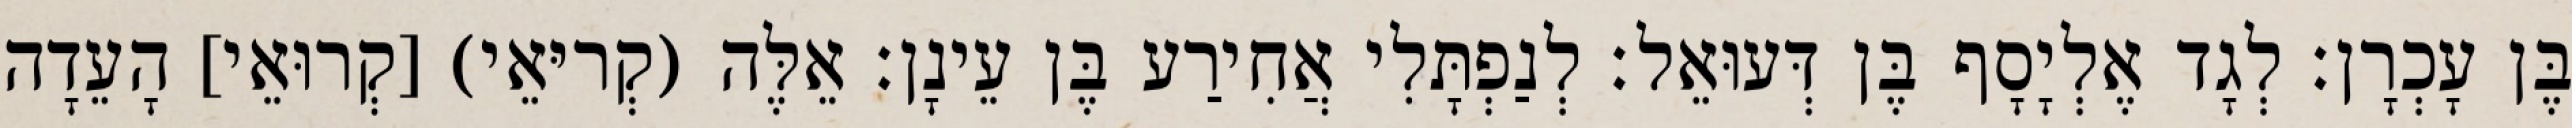
בֶּן עָכְרָן׃ לְגָד אֶלְיָסָף בֶּן דְּעוּאֵל׃ לְנַפְתָּלִי אֲחִירַע בֶּן עֵינָן׃ אֵלֶּה (קְריּאֵי) [קְרוּאֵי] הָעֵדָה